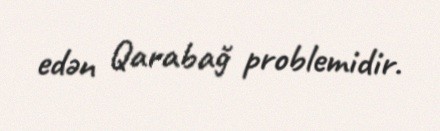
edən Qarabağ problemidir.